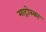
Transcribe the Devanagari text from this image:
माट्रोस्का